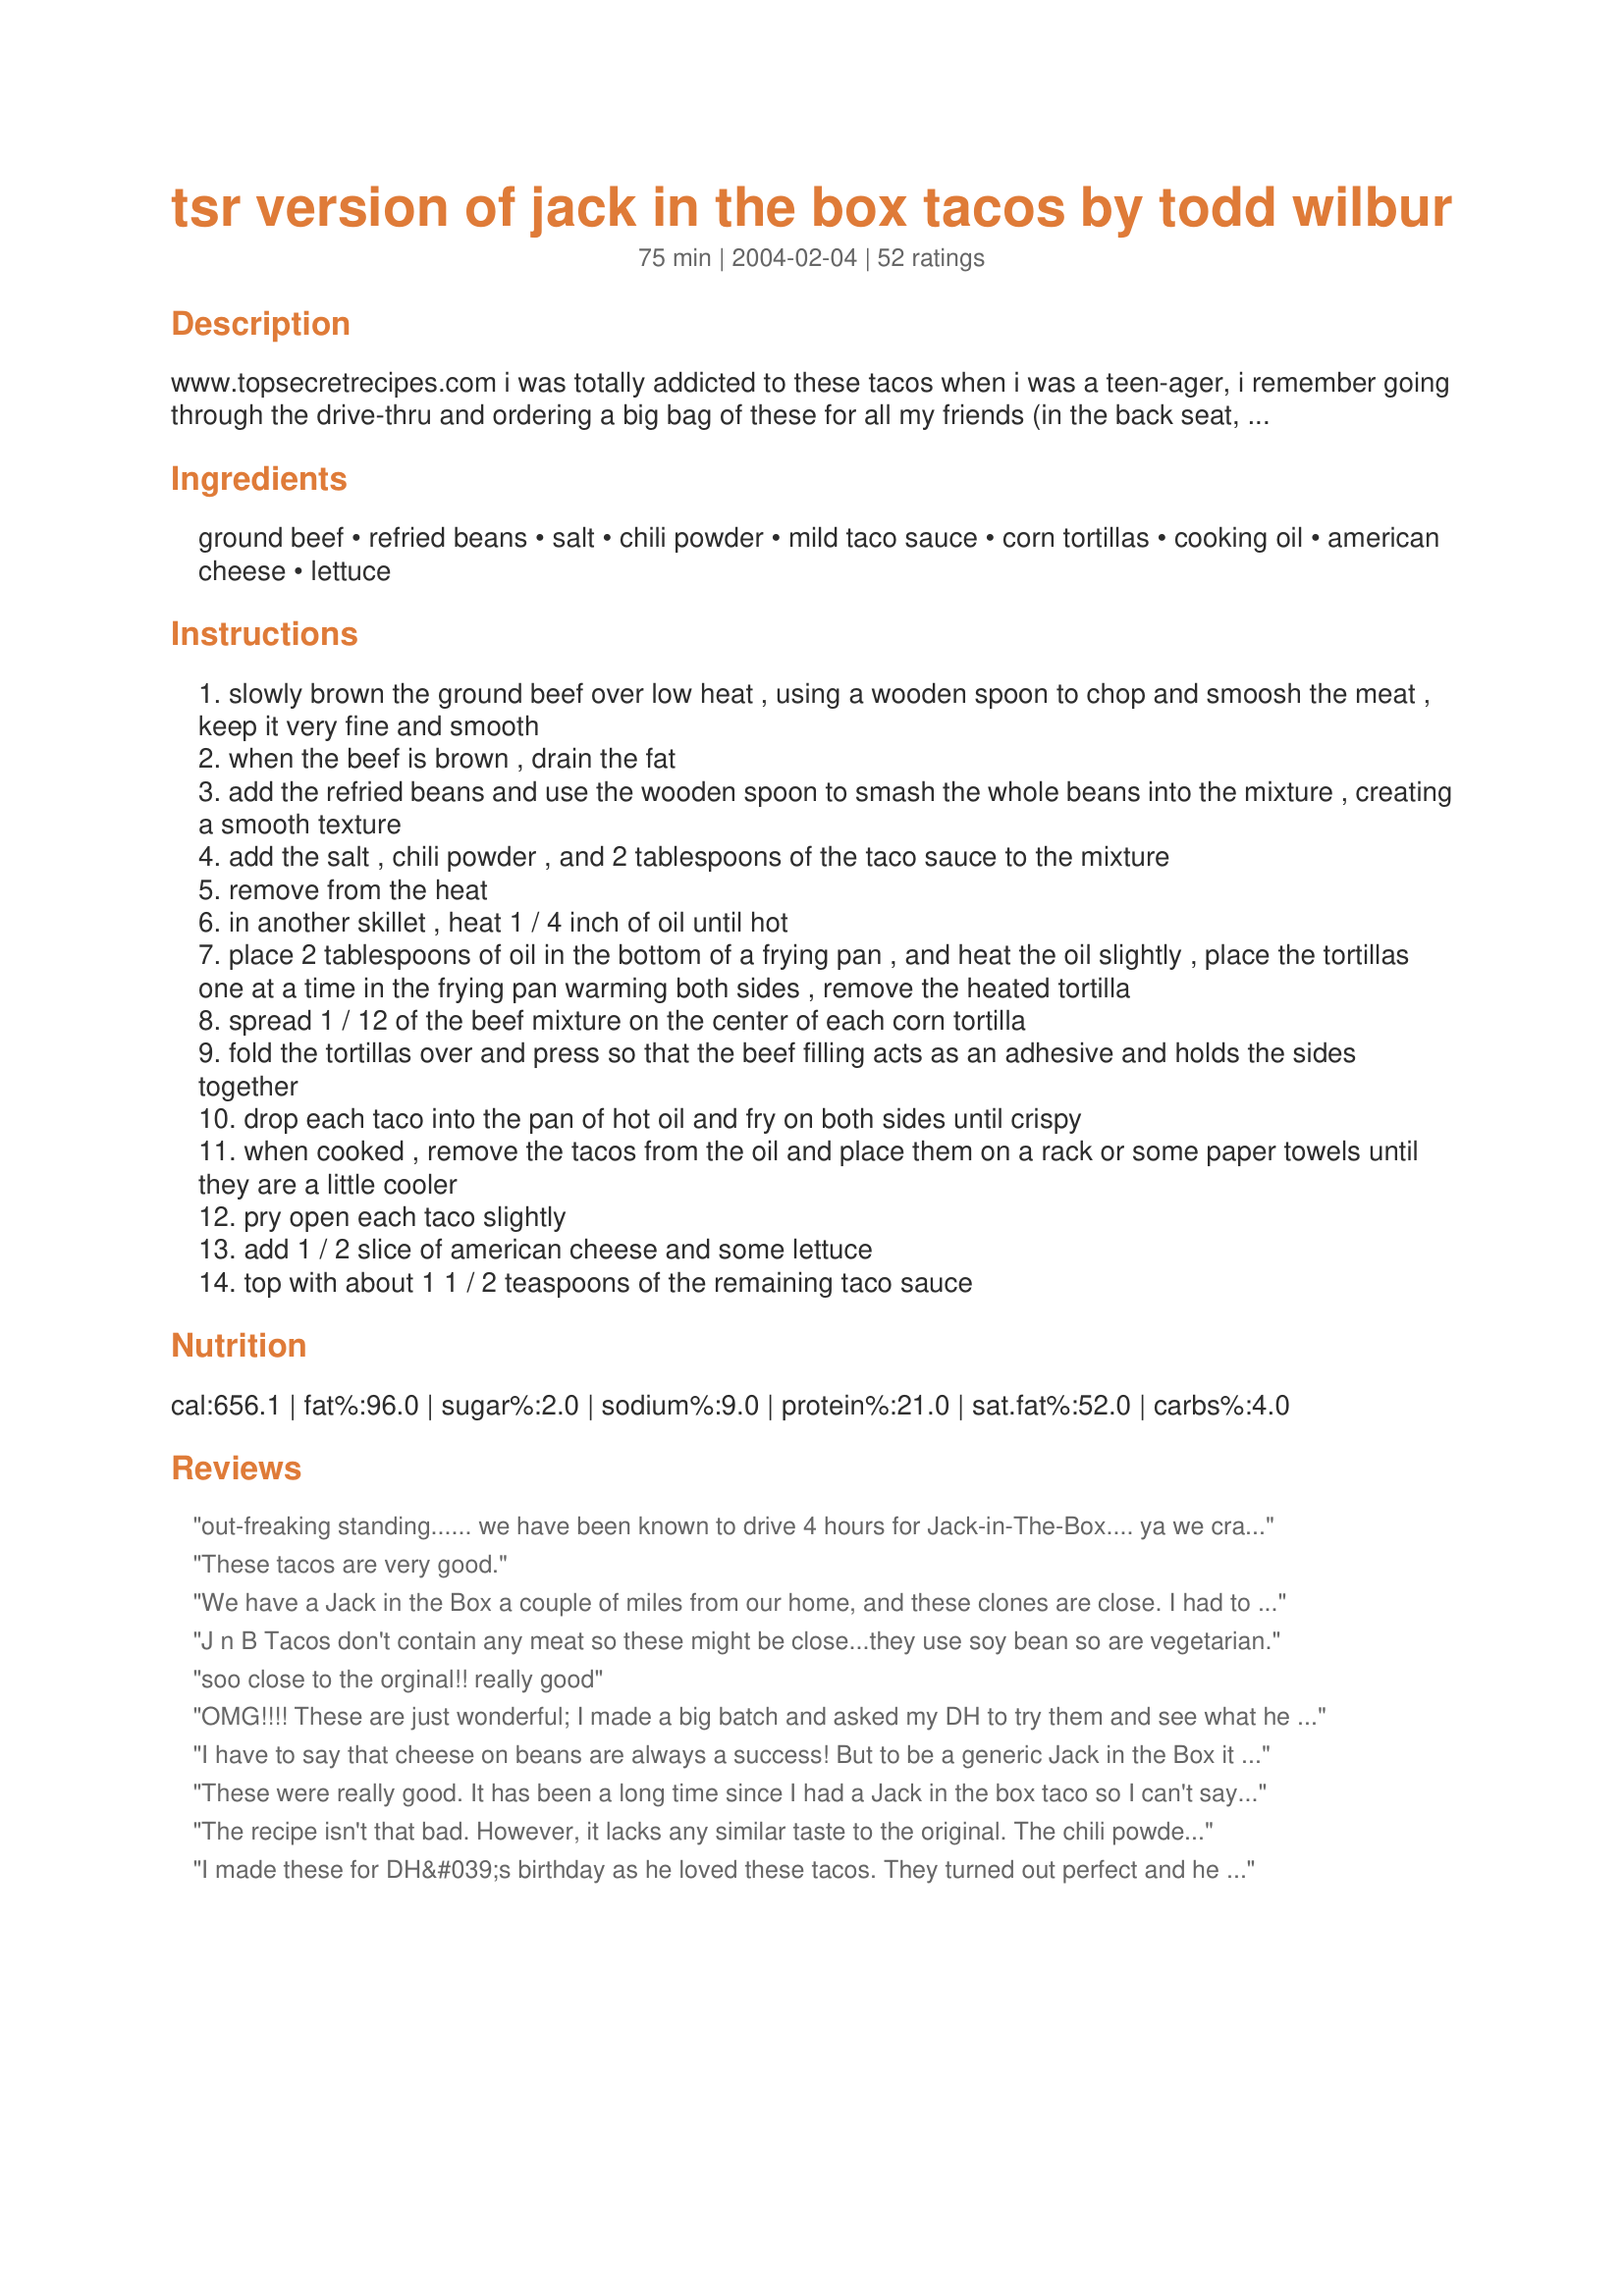
tsr version of jack in the box tacos by todd wilbur
Preparation time: 75 minutes

www.topsecretrecipes.com i was totally addicted to these tacos when i was a teen-ager, i remember going through the drive-thru and ordering a big bag of these for all my friends (in the back seat, necking).i'm guessing at the prep and cook times. this is from top secret recipes by todd wilbur.

Ingredients:
ground beef, refried beans, salt, chili powder, mild taco sauce, corn tortillas, cooking oil, american cheese, lettuce

Steps:
slowly brown the ground beef over low heat , using a wooden spoon to chop and smoosh the meat , keep it very fine and smooth
when the beef is brown , drain the fat
add the refried beans and use the wooden spoon to smash the whole beans into the mixture , creating a smooth texture
add the salt , chili powder , and 2 tablespoons of the taco sauce to the mixture
remove from the heat
in another skillet , heat 1 / 4 inch of oil until hot
place 2 tablespoons of oil in the bottom of a frying pan , and heat the oil slightly , place the tortillas one at a time in the frying pan warming both sides , remove the heated tortilla
spread 1 / 12 of the beef mixture on the center of each corn tortilla
fold the tortillas over and press so that the beef filling acts as an adhesive and holds the sides together
drop each taco into the pan of hot oil and fry on both sides until crispy
when cooked , remove the tacos from the oil and place them on a rack or some paper towels until they are a little cooler
pry open each taco slightly
add 1 / 2 slice of american cheese and some lettuce
top with about 1 1 / 2 teaspoons of the remaining taco sauce

Reviews:
out-freaking standing...... we have been known to drive 4 hours for Jack-in-The-Box.... ya we crazy lol
These tacos are very good.
We have a Jack in the Box a couple of miles from our home, and these clones are close. I had to add some cayenne pepper to give it some kick. But even with that it didn't have the kick that the original ones do. Which is fine for my 8 year old, but for the rest of us, we had to add hot salsa to it to give it that kick that we know so well.
One other thing I did, being married to a man who cooks wonderful Tex-Mex food; is with the tortillas, I preheated them slightly in oil to soften them up some, because they still tend to tear while folding them when heated in the microwave.
We will definately make these again if we don't feel like driving to the resturant itself.
J n B Tacos don't contain any meat so these might be close...they use soy bean so are vegetarian.
soo close to the orginal!! really good
OMG!!!! These are just wonderful; I made a big batch and asked my DH to try them and see what he thought about them he right aways said "These taste just like the Jack in the Box tacos" he ate almost half of the batch. Thank you for this recipe I definitely needed a change from my usual tacos....LOVE THEM!
I have to say that cheese on beans are always a success!

But to be a generic Jack in the Box it has to have the same ingredient.

-------------------------------------------

Beef Regular Taco or Beef Monster TacoÂ® Filling Ingredients: Beef, Water, Textured Vegetable Protein (Soy Flour, Caramel Color), Soy Grits, Seasoning [Chili Powder (Chili Peppers, Spices, Salt, Garlic Powder), Wheat Flour, Taco Mix (Chili Pepper, Garlic, Salt, Spices, Monosodium Glutamate, Dextrose, Onion), Imitation Beef Extract (Hydrolyzed Soy Protein, Hydrolyzed Soy, Wheat and Corn Protein, Monosodium Glutamate, Dextrose, Partially Hydrogenated Soybean Oil, Disodium Guanylate, Disodium Inosinate), Silicon Dioxide (added to prevent caking)], Salt, Tomato Paste, WorcestershireÂ® Sauce (Distilled Vinegar, Molasses, Corn Syrup, Water, Salt, Caramel Color, Garlic Powder, Sugar, Spices, Tamarind, Natural Flavor, Sulfiting Agent). Tortilla Ingredients: Ground Corn, Water, Lime. Cooked in Frying Shortening. Contains Soy, Wheat
These were really good. It has been a long time since I had a Jack in the box taco so I can't say how similar they are but they were good.
The recipe isn't that bad. However, it lacks any similar taste to the original. The chili powder and salt don't add much flavor to the meat mixture. I will experiment with that when I make the tacos again. Also, the recipe doesn't specify what kind of tortillas or cheese. Yellow corn tortillas work best and Borden's American Cheese is as authentic to the real JITB tacos as you can get. I prefer Borden's over a brand like Kraft because the cheese doesn't have a dominating flavor that could take away from other flavors. :)
I made these for DH&#039;s birthday as he loved these tacos. They turned out perfect and he was in heaven. Thank you for sharing with us.
We love Jack in the Box tacos! Also, wanted to let "blocky" know a trick to getting the tortillas warm enough so they won't split... Warm them up on a griddle, (like you would cook pancakes on) at about 375º; cooking the tortilla on one side until it starts to steam, then flip it over and steam on other side until tortilla is soft/pliable. Don't keep them on too long or they'll start to get crisp. Then fill them as directed in the recipe. Another way to do it is to heat a bit of vegetable oil in a pan and "fry" them a bit to get them soft. But, the griddle way should work fine and you won't have twice the oil. Good luck!
I don't have a JIB either, so I don't know if this comes close, but I do love these, and am glad I found this technique for making fried taco shells.. I can't tell you how many times I've stood like a fool over a pot of hot oil trying to fry taco shells from fresh corn tortillas only to have them come out deformed.. LOL.. this technique with the meat already folded in is fabulous and I will always use it, for freshly fried corn tacos are way better than the Ortega brand and others..
The original Jack In the Box taco recipe includes potato flakes which is what makes the consistency of the meat - this very important ingredient was not included in your recipe.
What a great flashback to College days in northern California -- this is a great recipe. I had some trouble folding the 1st tortilla even though I warmed them in the oven. It still cracked. I used the microwave for the rest and it worked much better. Also, I remember the originals being spicier. It may have been hot sauce added later.
These were amazing! They really were close to the originals! Not as spicy, but that's OK! I will be making these again!!
Really great-tasting tacos. I like the use of the American cheese. A little bit more effort to prepare and clean up than our normal tacos, but worth it! They even reheated nicely in the microwave the next day (50% power). Thanks!!
I am one with fond memories of these tacos so I was excited to try these. These were scrumptious (better fresh than reheated). These were lots of fun to make and really didn't take as long as I expected). The filling texture is just like the originals! I didn't even mind having to clean up the grease splattered kitchen afterwards (I think I used a touch too much oil, about 1/2 inch deep). Roxygirl
There are no Jack-in-the-Boxes in my state, and I haven't had an original one of these tacos. But, I must say that this was the perfect greasy (in a good way - LOL) comfort food. LOL I made a few seasoning changes by using recipe #10614 for the Refried Beans and blending my own home-canned salsa (recipe #39094) until smooth and subbing it for the taco sauce. The recipe was simple and Hubby loved the flavors. While we have more authentic recipes that we love, this, too, will become a taco treat for us.
Turned out really great! My husband thought he was in heaven - but I will be careful how often I make them since he ate so many and these aren't exactly low fat! LOL
Yum...these were so good. Very much like Jack in the Box! Thanks so much!!!
I've never experienced Jack-In-The-Box but I was craving some tacos for lunch and looking for something a little different. The only thing I changed was using TVP (textured vegetable protein) instead of meat. These were awesome. I think they'd be even better using refried beans with green chilies, but I'll try that next time. Five stars.
These were very good, but didn't really taste like the ones we got at JITB. The filling in the originals didn't have beans. (I know because I checked online to see what the ingredients were in the tacos. They are basically made with beef, soy and grits). I don't know how this recipe came about, but it's a good one, and I am glad to have found it!
I have never had a Jack in the box taco so I used my husband to rate, he said very good. The kids have never had them either but they all really enjoyed them as well. I was able to get a lot of the greese off by flipping the taco upside down to drain it out while it cooled slightly...seemed to work well for us, there was not an unusual amount of grease considering they were deep fried. I like a lot of junk on my tacos so I did try them (and like them) but I had to put some onion on mine (just habit) Thanks for a fun recipe Jude
I finally had a chance to make these. The only change I made was to add some cayenne pepper to the meat mixture. These were really, really good! I spent a lot of time saying naughty words while I was cooking these, due to grease splattering all over my face, so my husband suggested that next time I make these, and there will be a next time, I should buy hard shell corn taco shells and rub some olive oil on them and bake them in the oven with the meat in them. I am going to try that and I'll let you know how that compares. Thanks so much for this recipe!!
The secret is to use Libby&#039;s Canned Corned Beef, NOT Ground Beef, and follow the recipe as printed.
OK...I am not one that would normally change a recipe. The closest Jack in the Box to NY is in South Carolina and I've been craving these for years! I tried this recipe. The cosistency of the meat was great but the flavor was not as spicy. I played around and think I have it mastered! You be the judge! Instead of regular refried beans I used the Old El Paso (Green Chiles) Refried Beans. Additionally, instead of using chili powder I used the Old El Paso (Hot & Spicy) Taco seasoning Mix. They are incredible! Does anyone have any ideas as to how to keep the shells from splitting when folded? I tried warming them....it helps somewhat but doesn't elimiate the problem completely.
I should have rated this long ago,but just forgot,till I saw it again tonight on list of foods,i love this recipe,and its the only one I ever use.Thank you so much for posting.
Also works with the premade shells. Heat the empty shells in the oven for about 10 minutes then add the cheese and meat/bean mixture and bake for 10-20 minutes. I always ask for extra extra packets of sauce from JIB for occasions like this. It is less greasy, but still tastes good.
These were great! Nice and fatening...next time I will try my grannys meat mixture and use the same technique. Thanks for posting!
Great tacos! I thought they were very similar to the real Jack-in-the-Box tacos and so did my DH. I used only 1 T. of chili powder because my chili powder is "hot", however, I felt it could have been more spicy, so next time I will follow the directions and use the full 2 T. They were a little greasy, but that was to be expected. I think that is one of the reasons they are so good! I will use this recipe again. Thanks Hey Jude!
This recipe was created by Todd Wilbur for his book "Top Secret Recipes" (Penguin/Putnam 1993)
These were SOOO good! Definitely not healthy, but every so often you have to indulge! I can't tell you how close they are to Jack in the Box's, b/c I never tried them there, but these are darn good! Make sure the tortillas are good and warm. I put mine in the microwave before filling with meat and they didn't crack that way. I only used maybe a cup and a half of oil in a small skillet and just fried a couple at a time and it worked really well, although be warned, that the oil splatters everywhere if you do it on the stovetop! I would use your deep fryer if you have one! Much safer! These taste great!! We loved them! Thanks for posting Jude!
Not quite yet folks. I have keen taste buds, and after making this I remembered their sauce had a sweet bent to it. If you&#039;ll mix your taco salsa half Pace (or your fav brand) and half Howards Sweet pepper relish you&#039;ll have the exact flavor.
To all of you that are complaining because the ingredients aren't the same as JITB tacos, listen up. This is a recipe created by Todd Wilbur, known for his Top Secret Recipes cookbooks. He explains in his books that even if he got the exact recipe, it would be useless because it contains ingredients that the home cook can't get. So what he does is CLONES the dish. He uses easy to find ingredients and gets as close as possible to the real thing. Ok?
The first time I made as written. It was good, but something was lacking. The next time I got lazy and used some taco meat (skipped the beans and sauce) from the fridge and it was better. Ortega medium is closer to the sauce JITB adds at the end. I use my favorite homemade seasoning from FoodRenegade.com. It’s flavor is spot-on to 1970’s SoCal tacos in yellow wrappers from the corner taco hut. It’s easier and even my JITB Taco-hating spouse loves them. 5 stars with my tweak.
I've never eaten at Jack-in-the box. They don't have them where I live. But these tasted good. My DH called them "little morsels of love" I did add some taco seasoning to the beef mixture, added lettuce, sourcream, and drizzled hot sauce on them. Yum!
Although fattening and greasy, these are delicious! My husband could only eat 3, so I had a lot leftover which is perfect for lunches. He said these were the best &#039;fast food&#039; style tacos he&#039;s ever had :D
God, I have missed these.... There isn't a single Jack in the Box in the state of Florida and it's been a tough last 10 years without the 2/99cent tacos. I added a tad bit more salt and used my Ninja blender to get the beef smooth, it also saved my arm from aching. This was LEGIT! Thank you for the recipe!
A new favorite! I had a little ground turkey left over from another recipe and wanted to stretch it out in order to make tacos. I'm so glad I found this recipe. Adding the refried beans not only made the meat go further, it help keep it in the tacos. I hate when I take a bite of a taco and half the meat falls on the plate. The seasoning was right on. I used La Victoria green taco sauce. I made my tacos as usual, not using American cheese, but I'll have t give that a try someday. This will the only way I make taco filling from now on. Thanks for posting!
Update: I made these again last night for my family and my kids went wild over them. My DD wanted the recipe, so she could make them at home. I added some wheat flour to the ground beef, and it worked great to help hold the meat together. 1-16-08 These tacos went great with my Mexican Fiesta last night. Everyone loved them, although they weren't exactly like Jack In The Box. Thank you!
Don't know if I'm really allowed to rate this since I didn't fry them and used more beans and less chili powder than called for. I did love the beans/beef/American cheese combo though. The Ortega taco sauce really added to the taste too, both in the meat and on it.
DH and I both liked these a lot, plus they were demolished by my son and a bunch of his friends. I did as another reviewer suggested and added a little bit of potato flake to the meat mixture. These will definitely be made again in our household since we don't have any JitB's here.
I have made this recipe...I love them!
They are soooo bad for you...but they make me homesick for Calif. They use to be my DS's favorite junk food and at 2/$1.00 the kids use to gobble up 10 at a time!! Thanks for the recipe and thanks for the memories!!!

These were good, but of course they didn't taste like Jack In The Box Tacos at all. As a matter of fact Jack In The Box Tacos didn't have refried beans in them at all, and were made with canned meat which they sold for years and then discontinued, so I think the name for this recipe is misleading, however, they were good tacos just the same, so I am giving them 4 stars.
I cook a lot of Tex-Mex food; with corn tortillas it's best to heat some oil, hold tortilla with tongs and just hold in very hot oil for a few seconds. Tortillas will be pliable for frying (try stuffed with cheese and jalapenos) or for enchiladas or flautas.

I think these tacos are about as close as you can get to the original which have been my guilty indulgence for years! I do use medium taco sauce instead of mild and use a little extra when mixing along with a couple drops of tapatia sauce. Also, if you put the tortilla and meat filling in the hot oil just briefly, it is easy to fold, then finish cooking. I always make taco shells this way with very little breakage.
Lisa Miltenberger
Temecula, Ca
really easy to throw together; i found i had all the ingredients already :) i thought it tasted good; but i wasnt completely satisfied. the flavor is rather mild (although to be fair, i havent had a jib taco in a while).
Although I myself found these to just be "greasy", the rest of the family ate ALOT of them. I know I'll be getting requests to make again.
Jack in the box tacos actually doesnt have meat in them at all, its tofu.
I just made the meat portion of this and used regular taco shells. I ran everything through the food processor to get a smooth texture. Turned out great! Thanks for posting.
LOVE IT!! They were as close to JIB as I have found. I am from Texas & 4 years ago we moved to GA. There are NO JIB's in GA. We have actually driven to SC (2 1/2 hours away) to get JIB tacos. Thanks for this. My kids & I LOVE it.
My DH claims these tacos tasted just like JIB. He took one bite and smiled saying..."Mmmmm memories..." Only change that was made was putting the meat and all seasonings with the refried beans in the food processer for a little while...it gave the meat and beans the perfect texture! Thank you so much for sharing this recipe! This was a winner!
